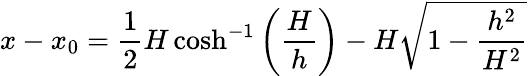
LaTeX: x-x_{0}={\frac{1}{2}}H\cosh^{-1}\left({\frac{H}{h}}\right)-H{\sqrt{1-{\frac{h^{2}}{H^{2}}}}}